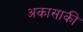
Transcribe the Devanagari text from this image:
अकासाकी